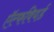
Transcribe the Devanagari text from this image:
ऍल्फवियर्ड